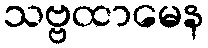
သဗ္ဗထာမေန